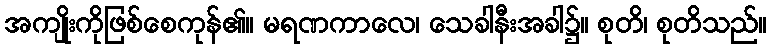
အကျိုးကိုဖြစ်စေကုန်၏။ မရဏကာလေ၊ သေခါနီးအခါ၌။ စုတိ၊ စုတိသည်။